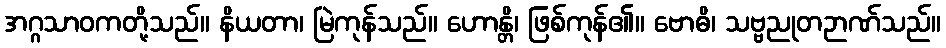
အဂ္ဂသာဝကတို့သည်။ နိယတာ၊ မြဲကုန်သည်။ ဟောန္တိ၊ ဖြစ်ကုန်၏။ ဗောဓိ၊ သဗ္ဗညုတဉာဏ်သည်။